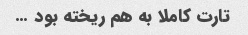
تارت کاملا به هم ریخته بود …